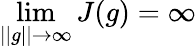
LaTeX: \operatorname*{lim}_{||g||\to\infty}J(g)=\infty